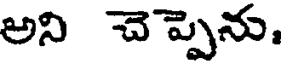
అని చెప్పెను.